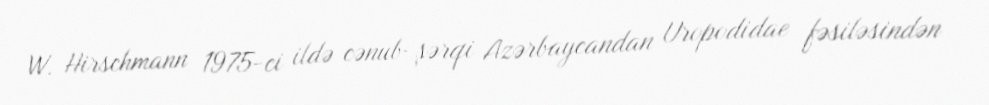
W. Hirschmann 1975-ci ildə cənub-şərqi Azərbaycandan Uropodidae fəsiləsindən